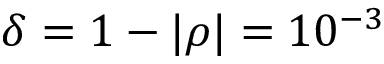
\delta = 1 - | \rho | = 1 0 ^ { - 3 }